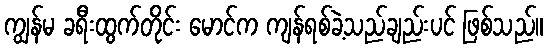
ကျွန်မ ခရီးထွက်တိုင်း မောင်က ကျန်ရစ်ခဲ့သည်ချည်းပင် ဖြစ်သည်။